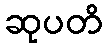
ဆုပတိ